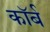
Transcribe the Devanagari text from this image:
कॉर्ब